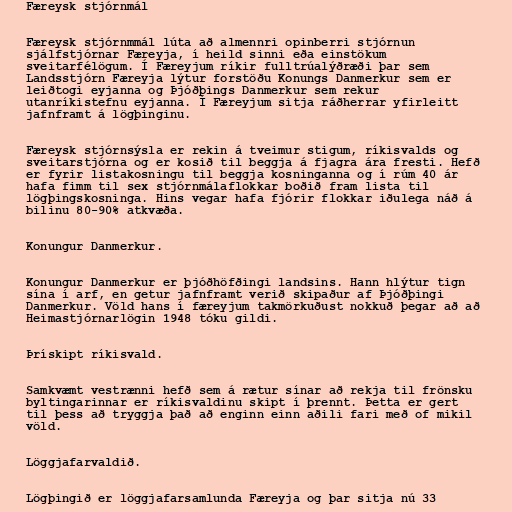
Færeysk stjórnmál

Færeysk stjórnmmál lúta að almennri opinberri stjórnun
sjálfstjórnar Færeyja, í heild sinni eða einstökum
sveitarfélögum. Í Færeyjum ríkir fulltrúalýðræði þar sem
Landsstjórn Færeyja lýtur forstöðu Konungs Danmerkur sem er
leiðtogi eyjanna og Þjóðþings Danmerkur sem rekur
utanríkistefnu eyjanna. Í Færeyjum sitja ráðherrar yfirleitt
jafnframt á lögþinginu.

Færeysk stjórnsýsla er rekin á tveimur stigum, ríkisvalds og
sveitarstjórna og er kosið til beggja á fjagra ára fresti. Hefð
er fyrir listakosningu til beggja kosninganna og í rúm 40 ár
hafa fimm til sex stjórnmálaflokkar boðið fram lista til
lögþingskosninga. Hins vegar hafa fjórir flokkar iðulega náð á
bilinu 80-90% atkvæða.

Konungur Danmerkur.

Konungur Danmerkur er þjóðhöfðingi landsins. Hann hlýtur tign
sína í arf, en getur jafnframt verið skipaður af Þjóðþingi
Danmerkur. Völd hans í færeyjum takmörkuðust nokkuð þegar að að
Heimastjórnarlögin 1948 tóku gildi.

Þrískipt ríkisvald.

Samkvæmt vestrænni hefð sem á rætur sínar að rekja til frönsku
byltingarinnar er ríkisvaldinu skipt í þrennt. Þetta er gert
til þess að tryggja það að enginn einn aðili fari með of mikil
völd.

Löggjafarvaldið.

Lögþingið er löggjafarsamlunda Færeyja og þar sitja nú 33